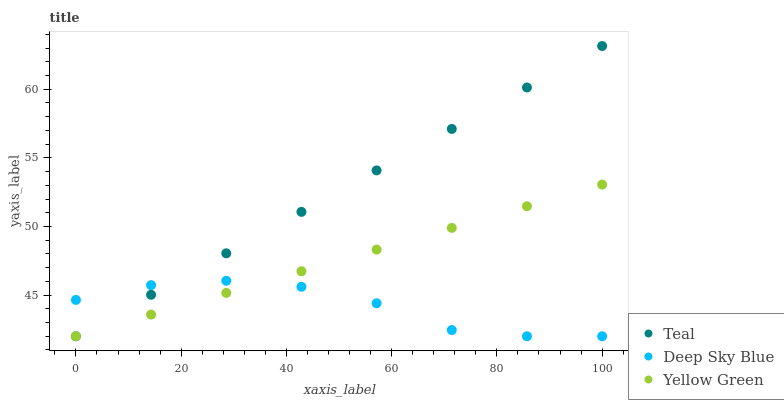
| xaxis_label | Teal | Deep Sky Blue | Yellow Green |
 | --- | --- | --- | --- |
 | 0 | 42 | 44.6 | 42 |
 | 14.3 | 45 | 45.7 | 43.6 |
 | 28.6 | 48 | 46 | 45.2 |
 | 42.9 | 51.1 | 45.6 | 46.7 |
 | 57.1 | 54.1 | 44.4 | 48.3 |
 | 71.4 | 57.1 | 42.5 | 49.9 |
 | 85.7 | 60.1 | 42 | 51.5 |
 | 100 | 63.1 | 42 | 53.1 |